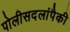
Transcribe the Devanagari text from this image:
पोलीसदलांपैकी